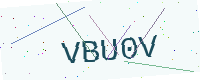
Text: VBU0V